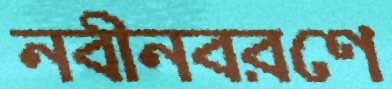
নবীনবরণে